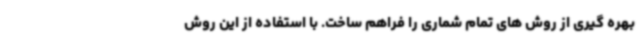
بهره گیری از روش های تمام شماری را فراهم ساخت. با استفاده از این روش